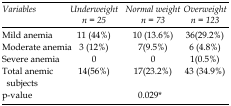
<table><thead><tr><td><b><i>Variables</i></b></td><td><b><i>Underweight n = 25</i></b></td><td><b><i>Normal weight n = 73</i></b></td><td><b><i>Overweight n = 123</i></b></td></tr></thead><tbody><tr><td>Mild anemia</td><td>11 (44%)</td><td>10 (13.6%)</td><td>36(29.2%)</td></tr><tr><td>Moderate anemia</td><td>3 (12%)</td><td>7(9.5%)</td><td>6 (4.8%)</td></tr><tr><td>Severe anemia</td><td>0</td><td>0</td><td>1(0.5%)</td></tr><tr><td>Total anemic subjects</td><td>14(56%)</td><td>17(23.2%)</td><td>43 (34.9%)</td></tr><tr><td>p-value</td><td colspan="3">0.029*</td></tr></tbody></table>